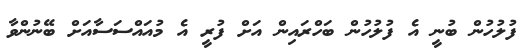
ފުލުހުން ބުނީ އެ ފުލުހުން ބަހްރައިން އަށް ފުރީ އެ މުއައްސަސާއަށް ބޭނުންވާ